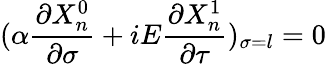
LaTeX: (\alpha\frac{\partial X_{n}^{0}}{\partial\sigma}+iE\frac{\partial X_{n}^{1}}{\partial\tau})_{\sigma=l}=0